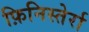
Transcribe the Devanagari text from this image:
फ़िनिस्तेर्रा